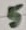
Text: 5